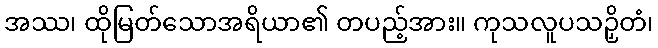
အဿ၊ ထိုမြတ်သောအရိယာ၏ တပည့်အား။ ကုသလူပသဉှိတံ၊